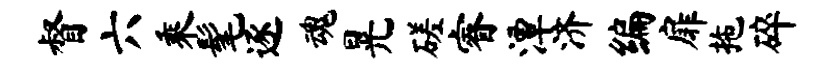
督六乘髦逐魂晃磋睿潭济编扉拖碎